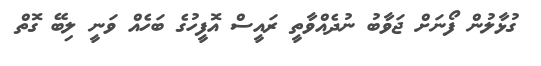
ގުޅާލުން ފޯނަށް ޖަވާބު ނުދެއްވާތީ ރައީސް އޮފީހުގެ ބަހެއް ވަނީ ލިބޭ ގޮތް